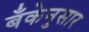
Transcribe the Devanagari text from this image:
बँकेनुसार